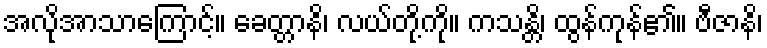
အလိုအာသာကြောင့်။ ခေတ္တာနိ၊ လယ်တို့ကို။ ကသန္တိ၊ ထွန်ကုန်၏။ ဗီဇာနိ၊